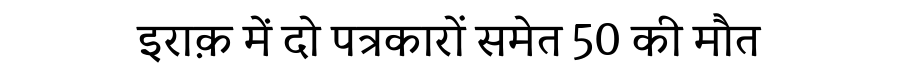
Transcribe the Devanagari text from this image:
इराक़ में दो पत्रकारों समेत 50 की मौत